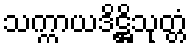
သက္ကာယဒိဋ္ဌိသုတ္တံ